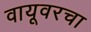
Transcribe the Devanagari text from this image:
वायूवरचा